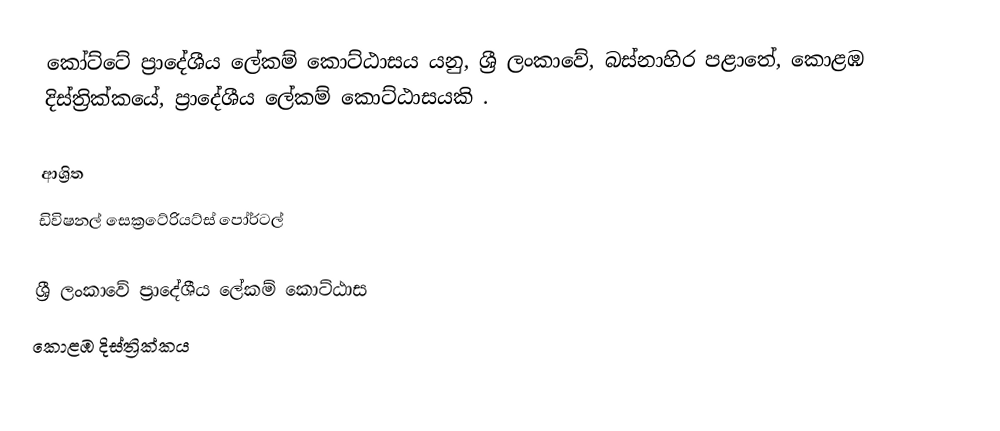
කෝට්ටේ ප්‍රාදේශීය ලේකම් කොට්ඨාසය යනු,  ශ්‍රී ලංකාවේ, බස්නාහිර පළාතේ,   කොළඹ දිස්ත්‍රික්කයේ, ප්‍රාදේශීය ලේකම් කොට්ඨාසයකි .

ආශ්‍රිත
 ඩිවිෂනල් සෙක්‍රටේරියට්ස් පෝර්ටල්

ශ්‍රී ලංකාවේ ප්‍රාදේශීය ලේකම් කොට්ඨාස
කොළඹ දිස්ත්‍රික්කය